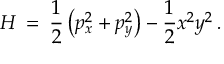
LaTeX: H \: = \: \frac { 1 } { 2 } \left( p _ { x } ^ { 2 } + p _ { y } ^ { 2 } \right) - \frac { 1 } { 2 } x ^ { 2 } y ^ { 2 } \, .